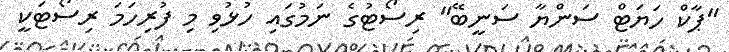
"ޕާކް ހަޔަޓް ސަންޔާ ސަނީބޭ" ރިސޯޓުގެ ނަމުގައި ހުޅުވި މި ފުރިހަމަ ރިސޯޓަކީ